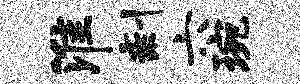
淮剩六琬